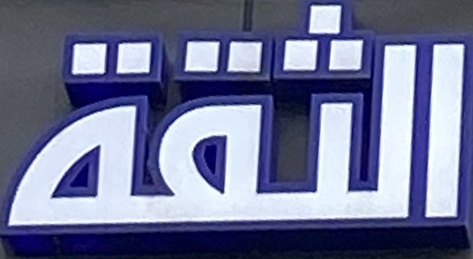
الثقة